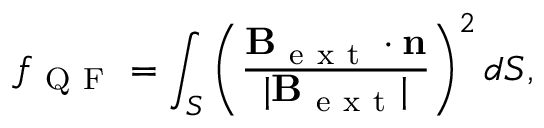
f _ { \mathrm { ~ Q ~ F ~ } } = \int _ { S } \left( \frac { \mathbf B _ { \mathrm { ~ e ~ x ~ t ~ } } \cdot \mathbf n } { | \mathbf B _ { \mathrm { ~ e ~ x ~ t ~ } } | } \right) ^ { 2 } d S ,